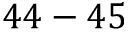
4 4 - 4 5